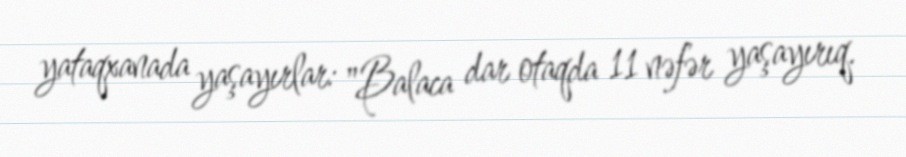
yataqxanada yaşayırlar: "Balaca dar otaqda 11 nəfər yaşayırıq.